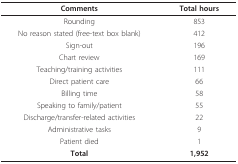
<table><thead><tr><td><b>Comments</b></td><td><b>Total hours</b></td></tr></thead><tbody><tr><td>Rounding</td><td>853</td></tr><tr><td>No reason stated (free-text box blank)</td><td>412</td></tr><tr><td>Sign-out</td><td>196</td></tr><tr><td>Chart review</td><td>169</td></tr><tr><td>Teaching/training activities</td><td>111</td></tr><tr><td>Direct patient care</td><td>66</td></tr><tr><td>Billing time</td><td>58</td></tr><tr><td>Speaking to family/patient</td><td>55</td></tr><tr><td>Discharge/transfer-related activities</td><td>22</td></tr><tr><td>Administrative tasks</td><td>9</td></tr><tr><td>Patient died</td><td>1</td></tr><tr><td><b>Total</b></td><td><b>1,952</b></td></tr></tbody></table>